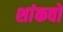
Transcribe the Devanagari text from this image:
शांकवों